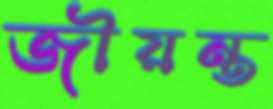
জীয়ন্ত